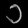
Digit: ၁